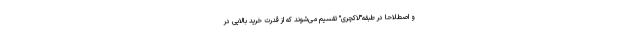
و اصطلاحا در طبقه"لاکچری" تقسیم می‌شوند که از قدرت خرید بالایی در